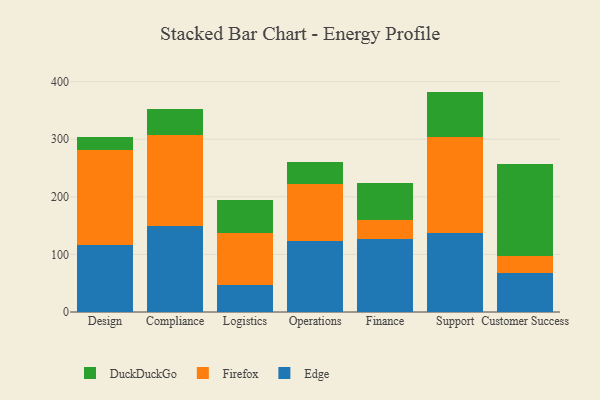
{"axis": {"x": "Department", "y": "Waste Production (Tons)"}, "legend": ["DuckDuckGo", "Edge", "Firefox"], "data": [{"x": "Design", "y": 116.5, "type": "Edge"}, {"x": "Design", "y": 164.7, "type": "Firefox"}, {"x": "Design", "y": 23.3, "type": "DuckDuckGo"}, {"x": "Compliance", "y": 149.6, "type": "Edge"}, {"x": "Compliance", "y": 157.5, "type": "Firefox"}, {"x": "Compliance", "y": 44.7, "type": "DuckDuckGo"}, {"x": "Logistics", "y": 46.3, "type": "Edge"}, {"x": "Logistics", "y": 90.3, "type": "Firefox"}, {"x": "Logistics", "y": 58.0, "type": "DuckDuckGo"}, {"x": "Operations", "y": 123.0, "type": "Edge"}, {"x": "Operations", "y": 99.1, "type": "Firefox"}, {"x": "Operations", "y": 38.0, "type": "DuckDuckGo"}, {"x": "Finance", "y": 126.5, "type": "Edge"}, {"x": "Finance", "y": 33.0, "type": "Firefox"}, {"x": "Finance", "y": 63.9, "type": "DuckDuckGo"}, {"x": "Support", "y": 137.9, "type": "Edge"}, {"x": "Support", "y": 166.6, "type": "Firefox"}, {"x": "Support", "y": 78.2, "type": "DuckDuckGo"}, {"x": "Customer Success", "y": 67.4, "type": "Edge"}, {"x": "Customer Success", "y": 30.1, "type": "Firefox"}, {"x": "Customer Success", "y": 159.5, "type": "DuckDuckGo"}]}